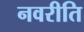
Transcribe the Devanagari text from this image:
नवरीति